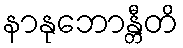
နာနုဘောန္တီတိ